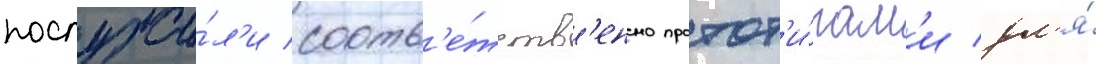
послужи́л'и соотв'е́тств'енно протот'и́пам'и дл'я́